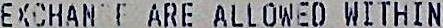
EXCHAN F ARE ALLOWED WITHIN